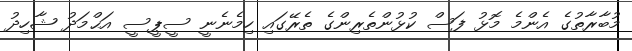
މުބާރާތުގެ އެންމެ މޮޅު ފަސް ކުޅުންތެރިންގެ ތެރޭގައި ހިމެނެނީ ސީޕީސީ އަޙްމަދު ޝާހިދު